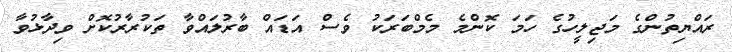
ރައްޔިތުންގެ މަޖިލީހުގެ ހަމަ ކޮންމެ މެމްބަރަކު ވެސް އަޑައް ބާރުލައްވާ ތަކުރާރުކޮށް ވިދާޅުވާ